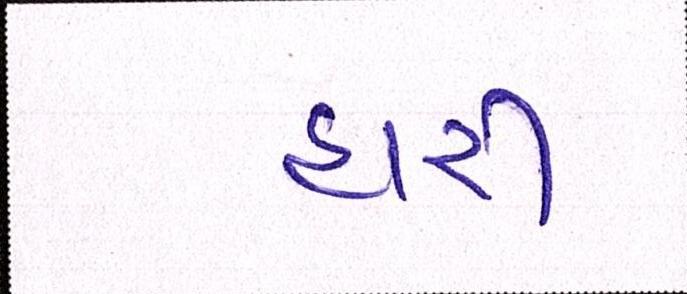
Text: હારી